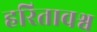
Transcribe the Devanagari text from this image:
हरितावश्व